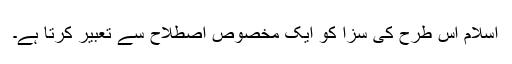
اسلام اس طرح کی سزا کو ایک مخصوص اصطلاح سے تعبیر کرتا ہے۔